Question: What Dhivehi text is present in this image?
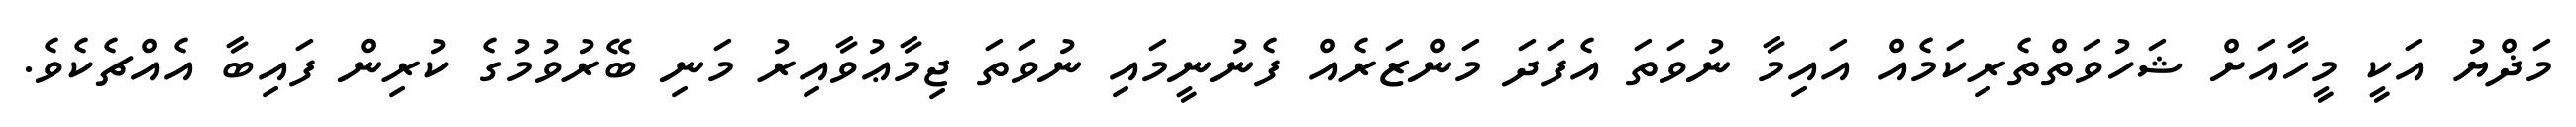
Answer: މަޛްޔު އަކީ މީހާއަށް ޝަހުވަތްތެރިކަމެއް އައިމާ ނުވަތަ އެފަދަ މަންޒަރެއް ފެނުނީމައި ނުވަތަ ޖިމާޢުވާއިރު މަނި ބޭރުވުމުގެ ކުރިން ފައިބާ އެއްޗެކެވެ.